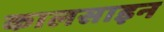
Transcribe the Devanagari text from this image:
कालसाइन